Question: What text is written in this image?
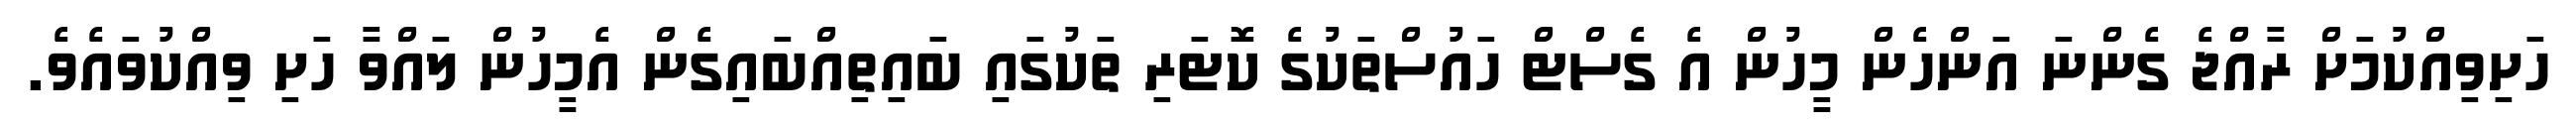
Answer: ހަށިވިއްކުމަށް ރާއްޖެ ގެންނަ އަންހެން މީހުން އެ ގެސްޓް ހައުސްތަކުގެ ކޮޓަރި ތަކުގައި ބައިތިއްބައިގެން އެމީހުން ލައްވާ ހަށި ވިއްކުވައެވެ.